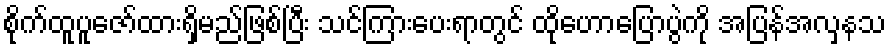
စိုက်ထူပူဇော်ထားရှိမည်ဖြစ်ပြီး သင်ကြားပေးရာတွင် ထိုဟောပြောပွဲကို အပြန်အလှနသ